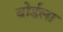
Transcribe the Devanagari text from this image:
बोर्डला